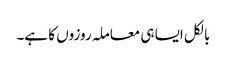
بالکل ایسا ہی معاملہ روزوں کا ہے۔